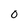
Character: O